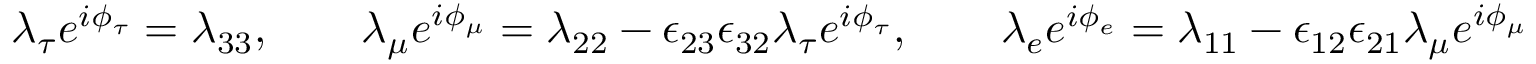
\lambda _ { \tau } e ^ { i \phi _ { \tau } } = \lambda _ { 3 3 } , \qquad \lambda _ { \mu } e ^ { i \phi _ { \mu } } = \lambda _ { 2 2 } - \epsilon _ { 2 3 } \epsilon _ { 3 2 } \lambda _ { \tau } e ^ { i \phi _ { \tau } } , \qquad \lambda _ { e } e ^ { i \phi _ { e } } = \lambda _ { 1 1 } - \epsilon _ { 1 2 } \epsilon _ { 2 1 } \lambda _ { \mu } e ^ { i \phi _ { \mu } }